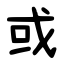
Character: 或